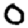
Digit: 0